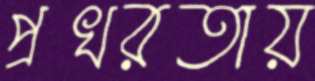
প্রখরতায়